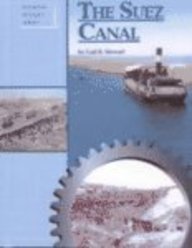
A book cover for Building History - The Suez Canal; Gail B. Stewart; Teen & Young Adult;